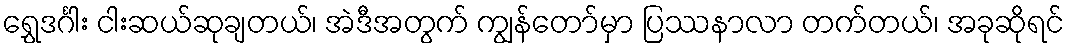
ရွှေဒင်္ဂါး ငါးဆယ်ဆုချတယ်၊ အဲဒီအတွက် ကျွန်တော်မှာ ပြဿနာလာ တက်တယ်၊ အခုဆိုရင်